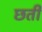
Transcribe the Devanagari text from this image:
छती